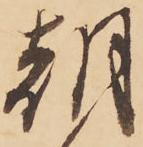
朝